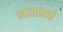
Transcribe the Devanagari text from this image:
नाताळाची